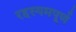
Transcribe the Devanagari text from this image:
रहस्यमपूर्ण